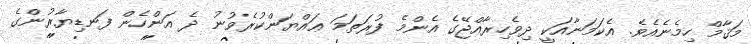
މަޤާމް ހިމެނެއެވެ. އެކަމަނާއަކީ ދިވެހިރާއްޖޭގެ އެންމެ ފުރަތަމަ ޢައްޔަންކުރެވުނު ދެ އަންހެން ފަނޑިޔާރުންގެ